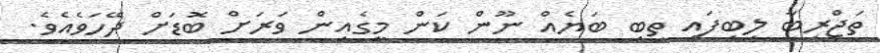
ތަޖްރިބާ ލިބިފައި ތިބި ބަޔެއް ނޫން ކަން މީގެއިން ވަރަށް ބޮޑަށް ދޭހަވެއެވެ.